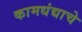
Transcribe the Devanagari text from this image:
कामधंद्याचे